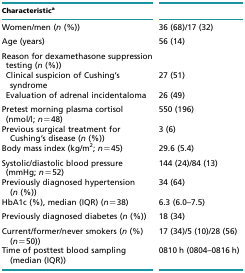
| Characteristica |  |
 | --- | --- |
 | Women/men (n (%)) | 36 (68)/17 (32) |
 | Age (years) | 56 (14) |
 | Reason for dexamethasone suppressiontesting (n (%)) |  |
 | Clinical suspicion of Cushing's syndrome | 27 (51) |
 | Evaluation of adrenal incidentaloma | 26 (49) |
 | Pretest morning plasma cortisol(nmol/l; n=48) | 550 (196) |
 | Previous surgical treatment for Cushing's disease (n (%)) | 3 (6) |
 | Body mass index (kg/m2; n=45) | 29.6 (5.4) |
 | Systolic/diastolic blood pressure(mmHg; n=52) | 144 (24)/84 (13) |
 | Previously diagnosed hypertension (n (%)) | 34 (64) |
 | HbA1c (%), median (IQR) (n=38) | 6.3 (6.0–7.5) |
 | Previously diagnosed diabetes (n (%)) | 18 (34) |
 | Current/former/never smokers (n (%) (n=50)) | 17 (34)/5 (10)/28 (56) |
 | Time of posttest blood sampling (median (IQR)) | 0810 h (0804–0816 h) |